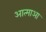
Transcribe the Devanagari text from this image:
आत्माआ